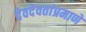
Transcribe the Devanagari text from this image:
देवदेवतांप्रमाणे